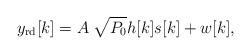
LaTeX: \begin{align*}y_{\mathrm{rd}}[k]= A\; \sqrt{P_0}h[k]s[k]+w[k],\end{align*}